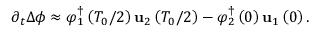
\partial _ { t } \Delta \phi \approx \boldsymbol { \varphi } _ { 1 } ^ { \dagger } \left( T _ { 0 } / 2 \right) \mathbf { u } _ { 2 } \left( T _ { 0 } / 2 \right) - \boldsymbol { \varphi } _ { 2 } ^ { \dagger } \left( 0 \right) \mathbf { u } _ { 1 } \left( 0 \right) .